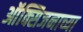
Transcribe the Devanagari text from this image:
ऑक्सिजनाच्या